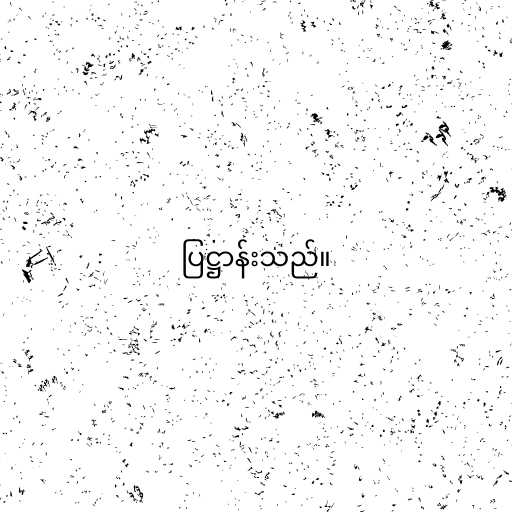
ပြဋ္ဌာန်းသည်။